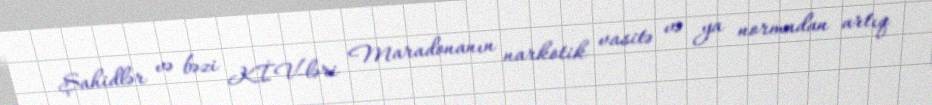
Şahidlər və bəzi KİV-ləri Maradonanın narkotik vasitə və ya normadan artıq